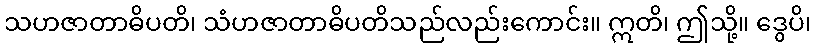
သဟဇာတာဓိပတိ၊ သံဟဇာတာဓိပတိသည်လည်းကောင်း။ ဣတိ၊ ဤသို့။ ဒွေပိ၊